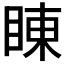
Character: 𮵇